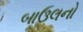
બાઉલનો